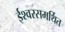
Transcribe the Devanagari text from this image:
ईश्वरसमर्थित